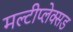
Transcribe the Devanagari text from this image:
मल्टीप्लेक्सड